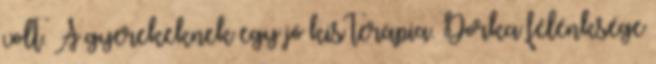
volt. A gyerekeknek egy jó kis terápia. Dorka félénksége